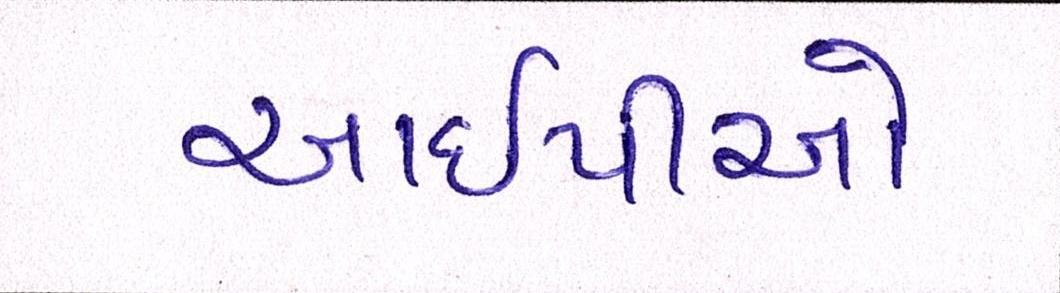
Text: આઈપીઓ